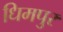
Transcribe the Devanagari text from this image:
धिमपुर